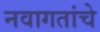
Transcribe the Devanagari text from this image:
नवागतांचे